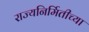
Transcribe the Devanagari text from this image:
राज्यनिर्मितीच्या